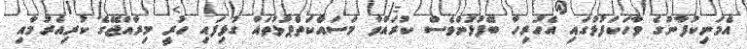
އެމަނިކުފާނުގެ ވާހަކަފުޅުގައި އެހުރިހާ ބޭފުޅުންވެސް ކުރައްވާ މަސައްކަތްޕުޅުތައް ގުޅިފައި ހުރީ މިރާއްޖޭގެ ކުރިއެރުމާއި